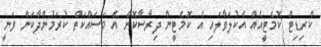
ކްރިޑިޓް ކޮމެޓީއެއް އެކުލަވާލައި އެ ކޮމެޓީން ދިރާސާކޮށް އެ މަސައްކަތް ކުރަމުންދާކަން ވަނީ